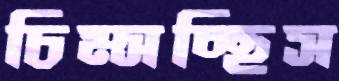
চিম্‌সচ্ছিস